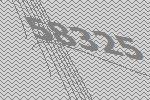
58325